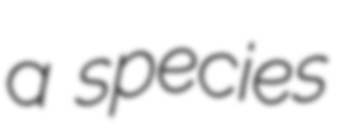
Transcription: a species